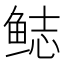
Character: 鿵